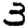
Digit: 3